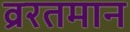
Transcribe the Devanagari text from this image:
व्ररतमान